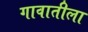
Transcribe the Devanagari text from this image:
गावातीला